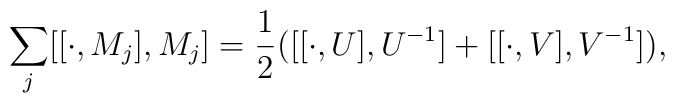
\sum_j \bigl [[\cdot ,M_j],M_j\bigr ]={1\over 2}\bigl ( \bigl [[\cdot ,U],U^{-1}\bigr ]+\bigl [[\cdot ,V],V^{-1}\bigr ] \bigr ),\nonumber